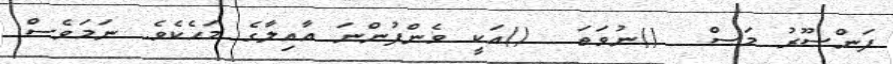
ފަންސޫރު މަސް  ()ނުވަތަ  ()އަކީ ވެންފުންނަ އާއިލާގެ މަހެކެވެ. ނަމަވެސް